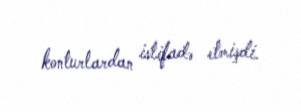
konturlardan istifadə etmişdi.